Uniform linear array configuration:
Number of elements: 64
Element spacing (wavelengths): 0.5
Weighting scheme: cosine
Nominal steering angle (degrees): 0
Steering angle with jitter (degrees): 0.212
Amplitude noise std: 0.05
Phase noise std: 0.05

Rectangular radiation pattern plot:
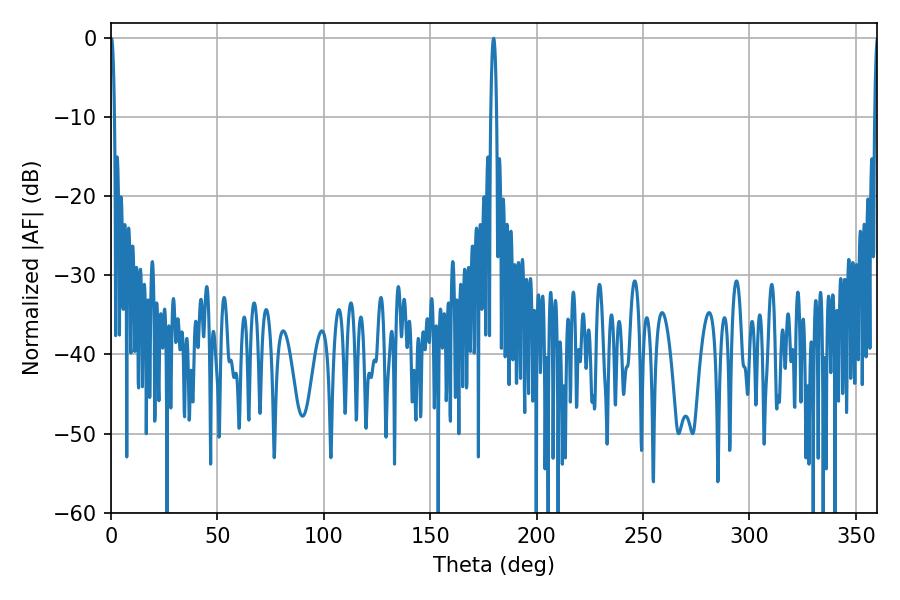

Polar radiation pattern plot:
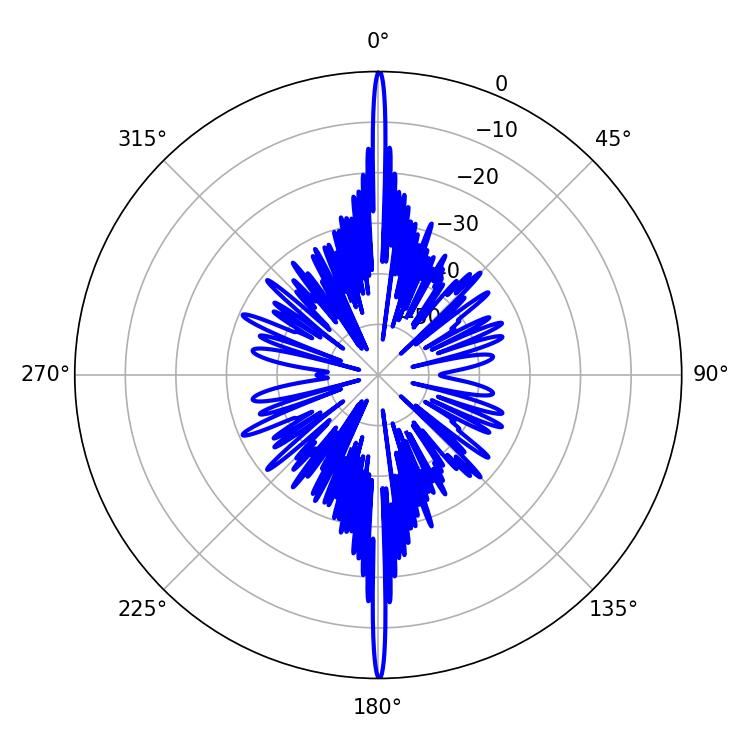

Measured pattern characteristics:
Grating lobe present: FALSE
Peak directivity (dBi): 39.84
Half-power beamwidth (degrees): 0.9
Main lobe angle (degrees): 0.18